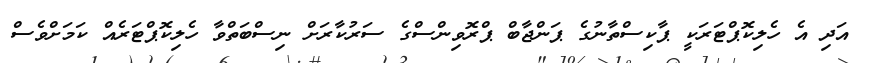
އަދި އެ ހެލިކޮޕްޓަރަކީ ޕާކިސްތާނުގެ ޕަންޖާބް ޕްރޮވިންސްގެ ސަރުކާރަށް ނިސްބަތްވާ ހެލިކޮޕްޓަރެއް ކަމަށްވެސް